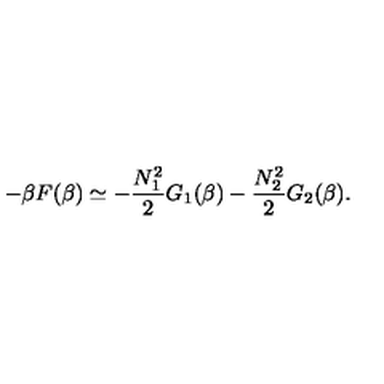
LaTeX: - \beta F ( \beta ) \simeq - \frac { N _ { 1 } ^ { 2 } } { 2 } G _ { 1 } ( \beta ) - \frac { N _ { 2 } ^ { 2 } } { 2 } G _ { 2 } ( \beta ) .